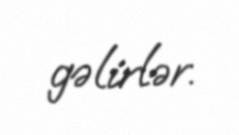
gəlirlər.